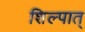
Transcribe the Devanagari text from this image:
शिल्पात्